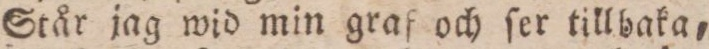
Står jag wid min graf och ſer tillbaka,